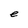
Character: e